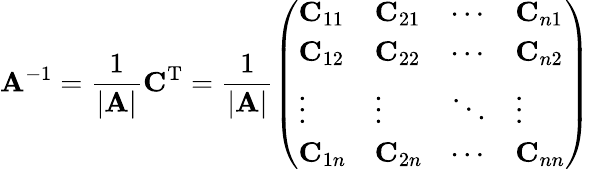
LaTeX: \mathbf{A}^{-1}={\frac{1}{\left|\begin{array}{l}{\mathbf{A}}\end{array}\right|}}\mathbf{C}^{\mathrm{T}}={\frac{1}{\left|\begin{array}{l}{\mathbf{A}}\end{array}\right|}}{\left(\begin{array}{llll}{\mathbf{C}_{11}}&{\mathbf{C}_{21}}&{\cdots}&{\mathbf{C}_{n1}}\\ {\mathbf{C}_{12}}&{\mathbf{C}_{22}}&{\cdots}&{\mathbf{C}_{n2}}\\ {\vdots}&{\vdots}&{\ddots}&{\vdots}\\ {\mathbf{C}_{1n}}&{\mathbf{C}_{2n}}&{\cdots}&{\mathbf{C}_{nn}}\end{array}\right)}